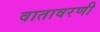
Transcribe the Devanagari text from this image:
वातावरणी